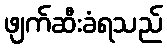
ဖျက်ဆီးခံရသည်